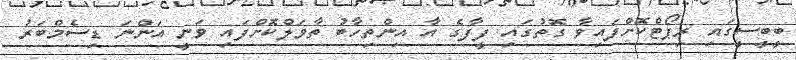
ބީބީސީގައި ރިޕޯޓްކޮށްފައިވާ ގޮތުގައި ފީފާގެ އާ އިންތިހާބު ތާވަލްކޮށްފައި ވަނީ އަންނަ ޑިސެމްބަރު